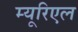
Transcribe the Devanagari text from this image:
म्यूरिएल